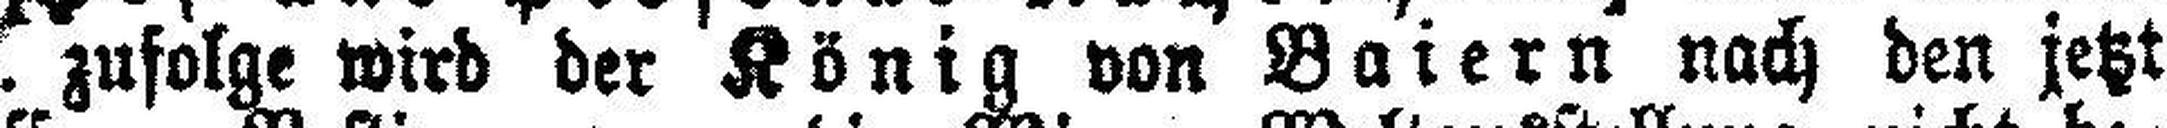
Corr. zufolge wird der König von Baiern nach den jetzt